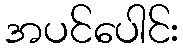
အပင်ပေါင်း